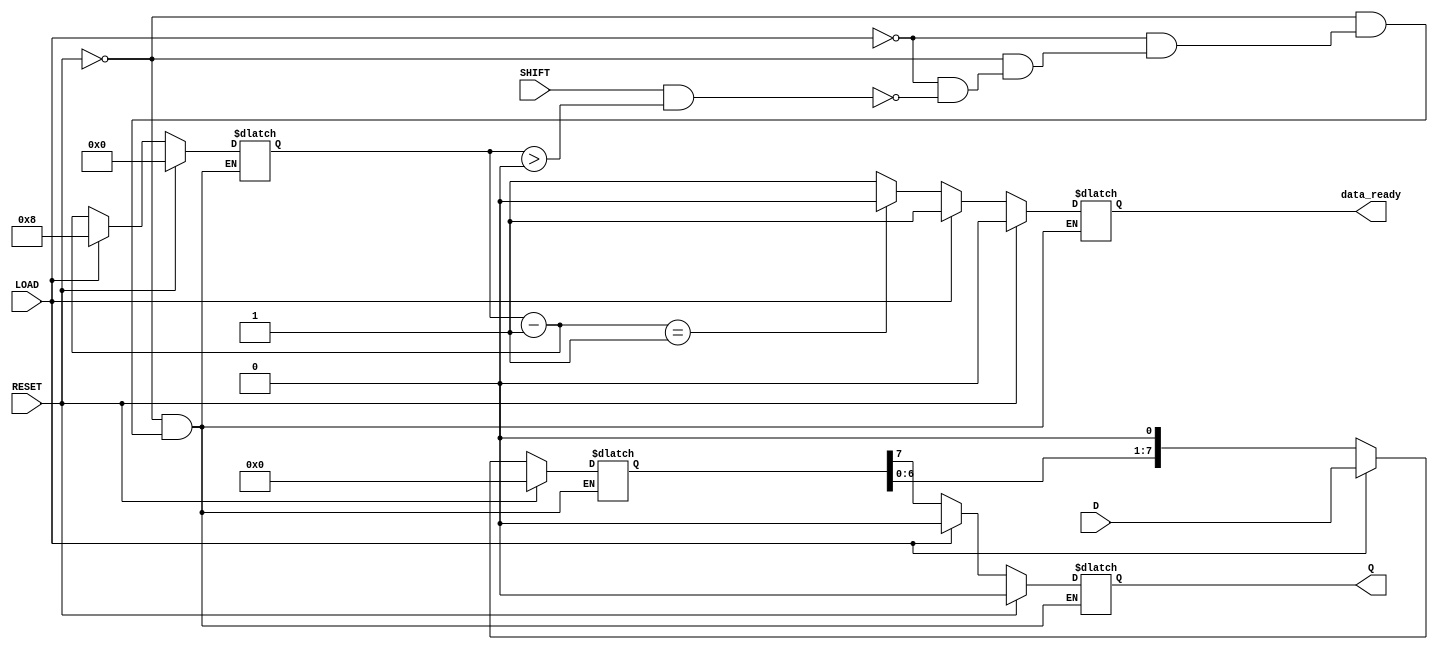
module PISO_Register #(
    parameter N = 8  // Width of the register (number of bits)
)(
    input wire [N-1:0] D,      // Parallel data inputs
    input wire LOAD,            // Load signal
    input wire SHIFT,           // Shift signal
    input wire RESET,           // Asynchronous reset
    output reg Q,               // Serial output
    output reg data_ready       // Data ready indicator (optional)
);

    reg [N-1:0] shift_reg;      // Internal shift register
    reg [3:0] bit_count;         // Counter for bits shifted out

    always @(*) begin
        if (RESET) begin
            // Asynchronous reset
            shift_reg = 0;
            Q = 0;
            data_ready = 0;
            bit_count = 0;
        end else if (LOAD) begin
            // Load parallel data into the shift register
            shift_reg = D;
            Q = 0;  // Reset serial output
            data_ready = 1; // Data is ready after loading
            bit_count = N;   // Set bit count to N
        end else if (SHIFT && (bit_count > 0)) begin
            // Shift data out serially
            Q = shift_reg[N-1]; // Output the MSB (or LSB depending on design)
            shift_reg = {shift_reg[N-2:0], 1'b0}; // Shift left
            bit_count = bit_count - 1; // Decrement bit count
            data_ready = (bit_count == 1) ? 0 : 1; // Update data ready status
        end else begin
            // Maintain current state if no operation is active
            Q = Q;
            data_ready = data_ready;
        end
    end

endmodule